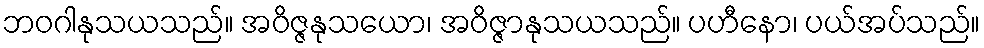
ဘဝဂါနုသယသည်။ အဝိဇ္ဇနုသယော၊ အဝိဇ္ဇာနုသယသည်။ ပဟီနော၊ ပယ်အပ်သည်။